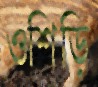
ওশিড়ি